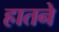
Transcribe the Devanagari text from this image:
हातने